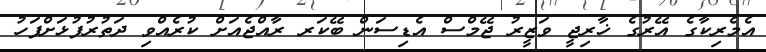
އެމެރިކާގެ އޭރުގެ ޚާރިޖީ ވަޒީރު ޖޭމްސް އެޑިސަން ބޭކަރ ރާއްޖެއަށް ކުރެއްވި ދަތުރުފުޅަށްފަހު